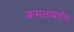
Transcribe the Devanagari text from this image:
कमलाबाईंना